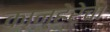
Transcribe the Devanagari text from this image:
कान्हेरेचा